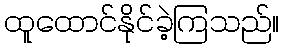
ထူထောင်နိုင်ခဲ့ကြသည်။